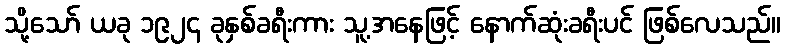
သို့သော် ယခု ၁၉၂၄ ခုနှစ်ခရီးကား သူ့အနေဖြင့် နောက်ဆုံးခရီးပင် ဖြစ်လေသည်။